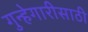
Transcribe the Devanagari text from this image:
गुन्हेगारीसाठी